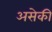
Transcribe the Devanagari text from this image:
असेकी